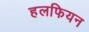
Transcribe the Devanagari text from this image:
हलफियन